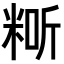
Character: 𥺐